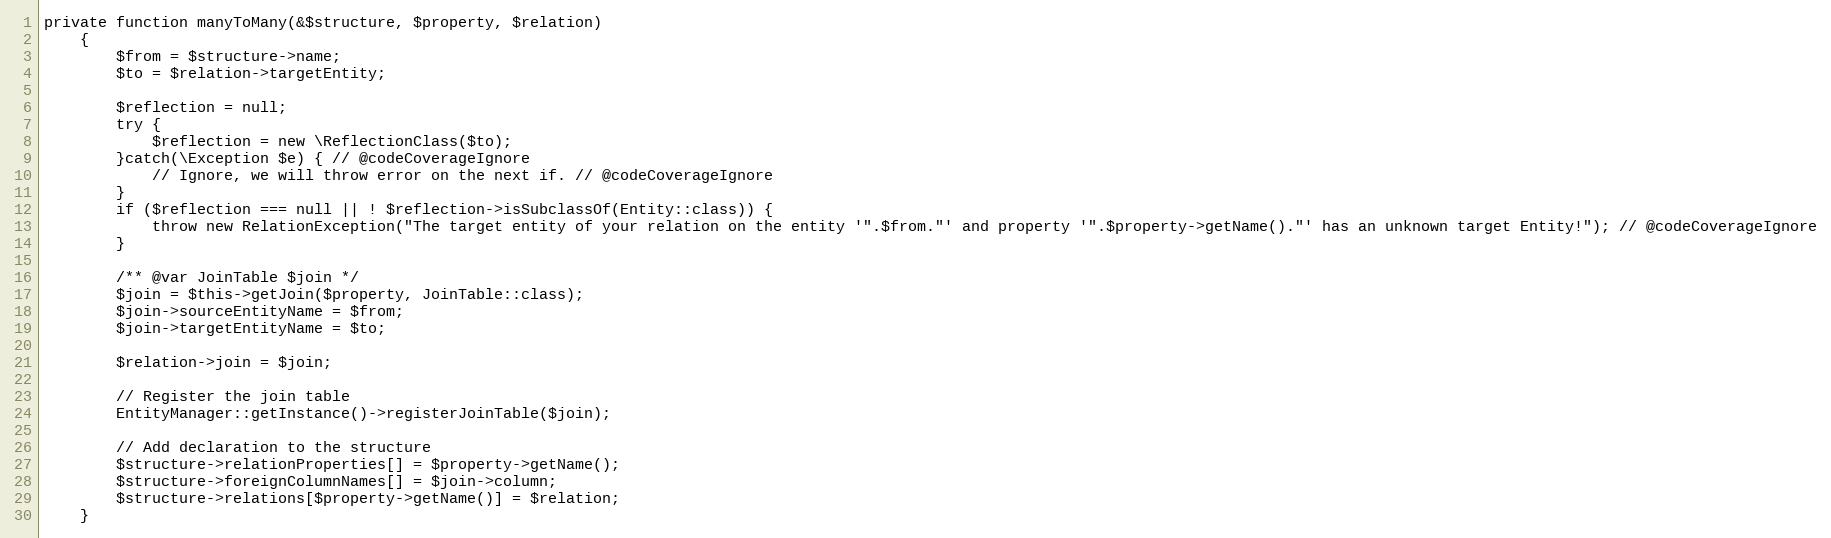
Language: PHP
private function manyToMany(&$structure, $property, $relation)
    {
        $from = $structure->name;
        $to = $relation->targetEntity;

        $reflection = null;
        try {
            $reflection = new \ReflectionClass($to);
        }catch(\Exception $e) { // @codeCoverageIgnore
            // Ignore, we will throw error on the next if. // @codeCoverageIgnore
        }
        if ($reflection === null || ! $reflection->isSubclassOf(Entity::class)) {
            throw new RelationException("The target entity of your relation on the entity '".$from."' and property '".$property->getName()."' has an unknown target Entity!"); // @codeCoverageIgnore
        }

        /** @var JoinTable $join */
        $join = $this->getJoin($property, JoinTable::class);
        $join->sourceEntityName = $from;
        $join->targetEntityName = $to;

        $relation->join = $join;

        // Register the join table
        EntityManager::getInstance()->registerJoinTable($join);

        // Add declaration to the structure
        $structure->relationProperties[] = $property->getName();
        $structure->foreignColumnNames[] = $join->column;
        $structure->relations[$property->getName()] = $relation;
    }